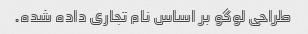
طراحی لوگو بر اساس نام تجاری داده شده.